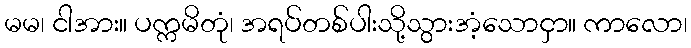
မမ၊ ငါအား။ ပက္ကမိတုံ၊ အရပ်တစ်ပါးသို့သွားအံ့သောငှာ။ ကာလော၊